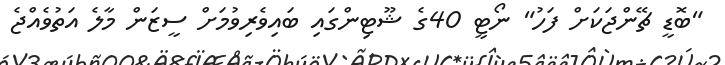
"ބޮޑީ ޗޭންޖަކަށް ފަހު" ނޯޓީ 40ގެ ޝޫޓިންގައި ބައިވެރިވުމަށް ސީޒަން މާލެ އަތުވެއްޖެ